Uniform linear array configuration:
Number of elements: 24
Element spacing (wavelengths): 0.25
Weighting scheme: uniform
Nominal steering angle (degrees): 15
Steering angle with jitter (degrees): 13.196
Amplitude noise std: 0.05
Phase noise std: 0.05

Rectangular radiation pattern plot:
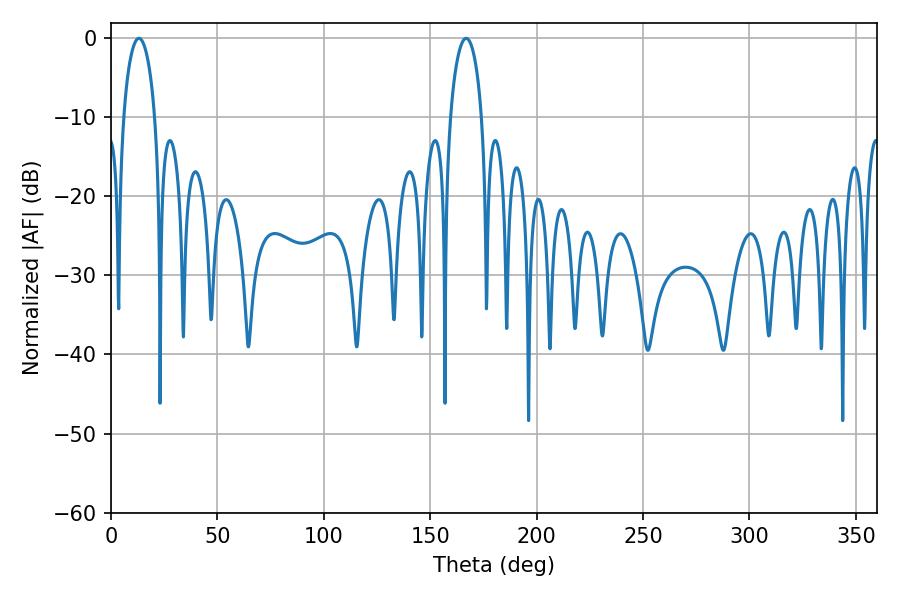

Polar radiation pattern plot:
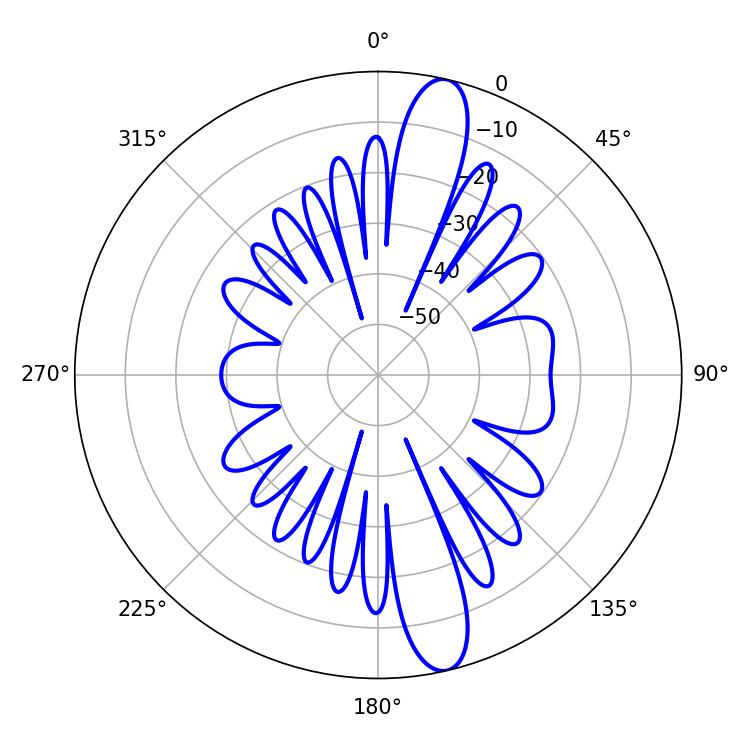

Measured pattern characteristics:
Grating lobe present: FALSE
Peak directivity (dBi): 14.11
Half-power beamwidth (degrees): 8.46
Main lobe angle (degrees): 13.14